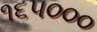
૧૬૫૦૦૦